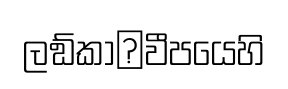
ලඞ්කා෾වීපයෙහි